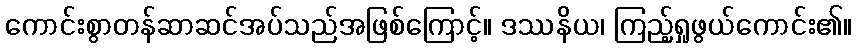
ကောင်းစွာတန်ဆာဆင်အပ်သည်အဖြစ်ကြောင့်။ ဒဿနိယ၊ ကြည့်ရှုဖွယ်ကောင်း၏။